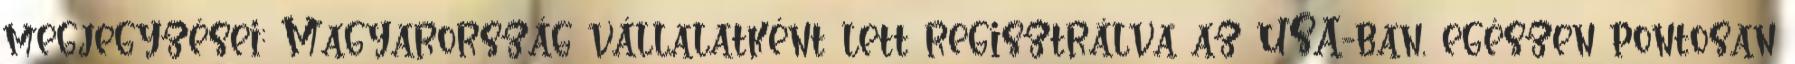
megjegyzései: Magyarország vállalatként lett regisztrálva az USA-ban, egészen pontosan